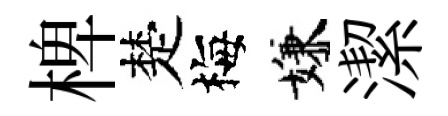
椑楚梅嫌潔